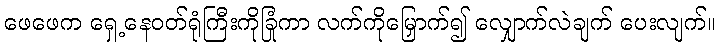
ဖေဖေက ရှေ့နေဝတ်ရုံကြီးကိုခြုံကာ လက်ကိုမြှောက်၍ လျှောက်လဲချက် ပေးလျက်။